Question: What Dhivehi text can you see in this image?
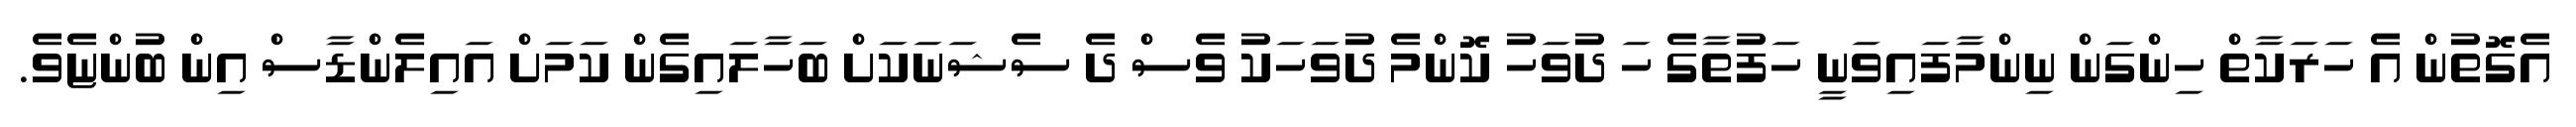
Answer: އެގޮތުން އެ ހަރަކާތް ހިންގަން ނިންމާފައިވަނީ ހަފުތާގެ ހަ ދުވަހު ކޮންމެ ދުވަހަކު ވެސް ދެ ސެޝަނަކަށް ބަހާލައިގެން ކަމަށް އައިލެންޑާސް އިން ބުންޏެވެ.